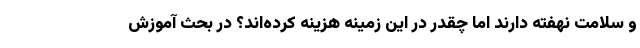
و سلامت نهفته دارند اما چقدر در این زمینه هزینه کرده‌اند؟ در بحث آموزش